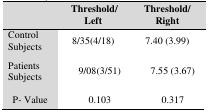
<table><thead><tr><td></td><td><b> Threshold/ Left</b></td><td colspan="2"><b>Threshold/ Right</b></td></tr></thead><tbody><tr><td>Control Subjects</td><td>8/35(4/18)</td><td colspan="2">7.40 (3.99)</td></tr><tr><td>Patients Subjects</td><td>9/08(3/51)</td><td>7.55 (3.67)</td></tr><tr><td>P- Value</td><td>0.103</td><td>0.317</td></tr></tbody></table>